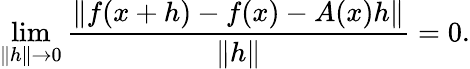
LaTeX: \operatorname*{lim}_{\| h\| \to 0}{\frac{\| f(x+h)-f(x)-A(x)h\| }{\| h\| }}=0.